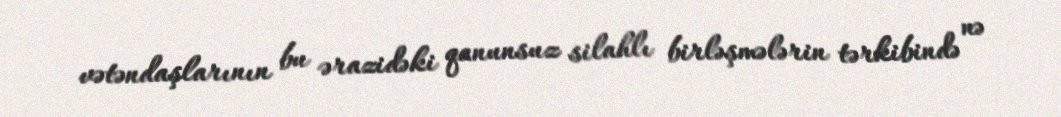
vətəndaşlarının bu ərazidəki qanunsuz silahlı birləşmələrin tərkibində nə